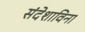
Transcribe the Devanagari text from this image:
संदेशाविना